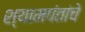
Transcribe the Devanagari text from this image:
श्यामपंतांचे